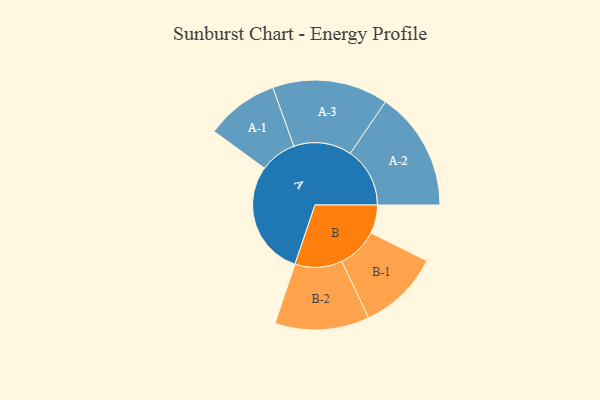
{"axis": {"x": "Segment", "y": "Value"}, "legend": ["", "A", "B"], "data": [{"x": "A", "y": 494, "type": ""}, {"x": "B", "y": 122, "type": ""}, {"x": "A-1", "y": 157, "type": "A"}, {"x": "A-2", "y": 256, "type": "A"}, {"x": "A-3", "y": 249, "type": "A"}, {"x": "B-1", "y": 175, "type": "B"}, {"x": "B-2", "y": 203, "type": "B"}]}